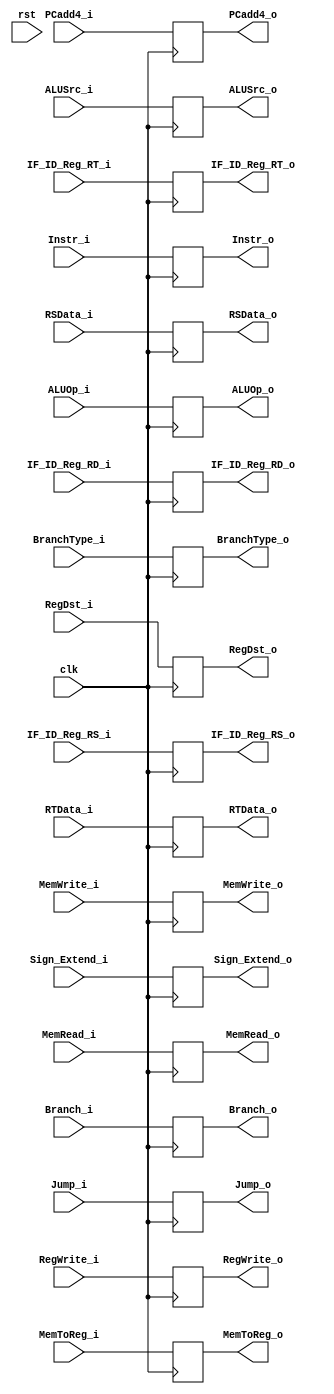
module ID_EX(
clk,
rst,
ALUSrc_i, 
RegDst_i, 
ALUOp_i, 
ALUSrc_o, 
RegDst_o, 
ALUOp_o, 
Branch_i,
BranchType_i,
Jump_i,
MemRead_i, 
MemWrite_i, 
Branch_o,
BranchType_o,
Jump_o,
MemRead_o, 
MemWrite_o, 
RegWrite_i,
MemToReg_i,
RegWrite_o,
MemToReg_o,
PCadd4_i,
RSData_i,
RTData_i,
Sign_Extend_i,
IF_ID_Reg_RS_i,
IF_ID_Reg_RT_i,
IF_ID_Reg_RD_i,
PCadd4_o,
RSData_o,
RTData_o,
Sign_Extend_o,
IF_ID_Reg_RS_o,
IF_ID_Reg_RT_o,
IF_ID_Reg_RD_o,
Instr_i,
Instr_o
);

input clk;
input rst;

// EX control signal
input ALUSrc_i;
input RegDst_i;
input [3-1:0] ALUOp_i;
input BranchType_i;
output reg ALUSrc_o;
output reg RegDst_o;
output reg [3-1:0] ALUOp_o;
output reg BranchType_o;

// MEM control signal
input Branch_i;
input Jump_i;
input MemRead_i;
input MemWrite_i;
output reg Branch_o;
output reg Jump_o;
output reg MemRead_o;
output reg MemWrite_o;

// WB control signal
input RegWrite_i;
input MemToReg_i;
output reg RegWrite_o;
output reg MemToReg_o;


input [32-1:0] PCadd4_i;
input [32-1:0] RSData_i;
input [32-1:0] RTData_i;
input [32-1:0] Sign_Extend_i;
input [5-1:0] IF_ID_Reg_RS_i;
input [5-1:0] IF_ID_Reg_RT_i;
input [5-1:0] IF_ID_Reg_RD_i;
input [32-1:0] Instr_i;

output reg [32-1:0] PCadd4_o;
output reg [32-1:0] RSData_o;
output reg [32-1:0] RTData_o;
output reg [32-1:0] Sign_Extend_o;
output reg [5-1:0] IF_ID_Reg_RS_o;
output reg [5-1:0] IF_ID_Reg_RT_o;
output reg [5-1:0] IF_ID_Reg_RD_o;
output reg [32-1:0] Instr_o;

always @(posedge clk) begin
	/*if (rst == 1) begin
		ALUSrc_o <= 0;
		RegDst_o <= 0;
		ALUOp_o <= 3'b0;
		Branch_o <= 0;
		BranchType_o <= 0;
		Jump_o <= 0;
		MemRead_o <= 0;
		MemWrite_o <= 0;
		RegWrite_o <= 0;
		MemToReg_o <= 0;
		PCadd4_o <= 32'b0;
		RSData_o <= 32'b0;
		RTData_o <= 32'b0;
		Sign_Extend_o <= 32'b0;
		IF_ID_Reg_RS_o <= 5'b0;
		IF_ID_Reg_RT_o <= 5'b0;
		IF_ID_Reg_RD_o <= 5'b0;
		Instr_o <= 0;
	end*/
	//else begin
		ALUSrc_o <= ALUSrc_i;
		RegDst_o <= RegDst_i;
		ALUOp_o <= ALUOp_i;
		Branch_o <= Branch_i;
		BranchType_o <= BranchType_i;
		Jump_o <= Jump_i;
		MemRead_o <= MemRead_i;
		MemWrite_o <= MemWrite_i;
		RegWrite_o <= RegWrite_i;
		MemToReg_o <= MemToReg_i;
		PCadd4_o <= PCadd4_i;
		RSData_o <= RSData_i;
		RTData_o <= RTData_i;
		Sign_Extend_o <= Sign_Extend_i;
		IF_ID_Reg_RS_o <= IF_ID_Reg_RS_i;
		IF_ID_Reg_RT_o <= IF_ID_Reg_RT_i;
		IF_ID_Reg_RD_o <= IF_ID_Reg_RD_i;
		Instr_o <= Instr_i;
	//end
	//$display("RT & extended: %d %d", IF_ID_Reg_RT_i, Sign_Extend_i);
end

endmodule